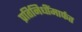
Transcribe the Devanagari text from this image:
प्रतिनिधींमार्फत